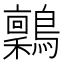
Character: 𬷶